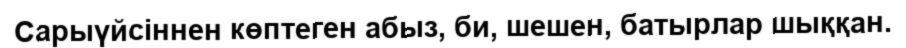
Сарыүйсіннен көптеген абыз, би, шешен, батырлар шыққан.